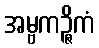
အမ္ဗကဉ္ဇိကံ